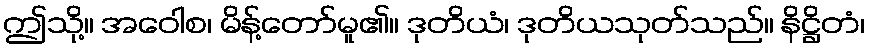
ဤသို့။ အဝေါစ၊ မိန့်တော်မူ၏။ ဒုတိယံ၊ ဒုတိယသုတ်သည်။ နိဋ္ဌိတံ၊